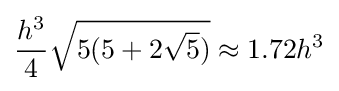
{\frac {h^{3}}{4}}{\sqrt {5(5+2{\sqrt {5}})}}\approx 1.72h^{3}